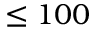
\le 1 0 0